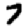
Digit: 7